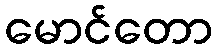
မောင်တော